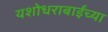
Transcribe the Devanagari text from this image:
यशोधराबाईंच्या